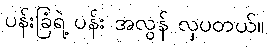
ပန်းခြံရဲ့ ပန်း အလွန် လှပတယ်။